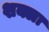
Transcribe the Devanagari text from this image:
शक्ला